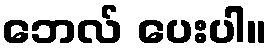
ဘေလ် ပေးပါ။